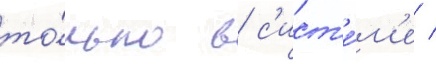
то́лько в с'ист'е́м'е /